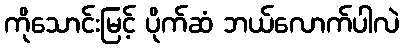
ကိုသောင်းမြင့် ပိုက်ဆံ ဘယ်လောက်ပါလဲ